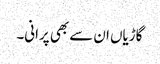
گاڑیاں ان سے بھی پرانی۔